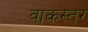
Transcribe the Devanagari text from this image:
वाकस्तर